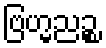
ဗြဟ္မညဉ္စ